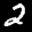
Digit: 2